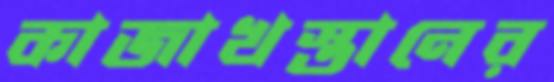
কাজাখস্তানের